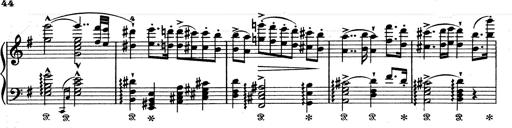
Title: Aus Lohengrin
Composer: Franz Liszt